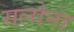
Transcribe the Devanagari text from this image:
सलोना